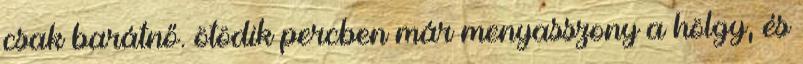
csak barátnő. ötödik percben már menyasszony a hölgy, és